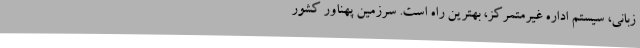
زبانی، سیستم اداره غیرمتمرکز، بهترین راه است. سرزمین پهناور کشور